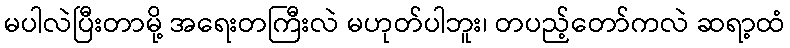
မပါလဲပြီးတာမို့ အရေးတကြီးလဲ မဟုတ်ပါဘူး၊ တပည့်တော်ကလဲ ဆရာ့ထံ